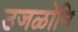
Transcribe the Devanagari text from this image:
उजळोनि